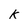
Character: k